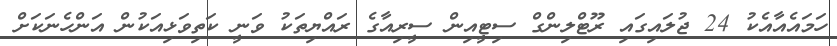
ހަމައެއާއެކު 24 ޖުލައިގައި ރޫޓްލިންގް ސިޓީއިން ސީރިއާގެ ރައްޔިތަކު ވަނީ ކަތިވަޅިއަކުން އަންހެނަކަށް